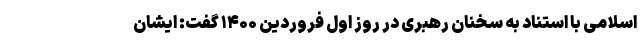
اسلامی با استناد به سخنان رهبری در روز اول فروردین ۱۴۰۰ گفت: ایشان